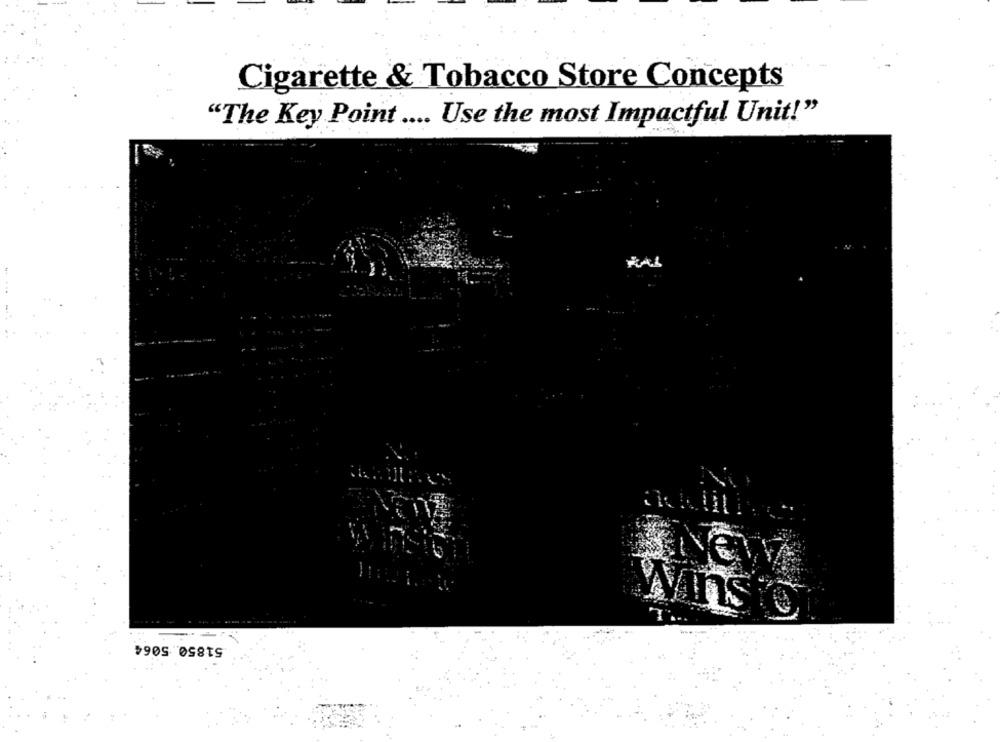
Cigarette & Tobacco Store Concepts
"The Key Point .... Use the most Impactful Unit!"
RAL
Wins
--
51850.5064